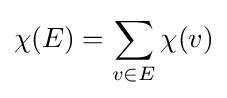
\chi (E)=\sum _{v\in E}\chi (v)